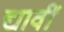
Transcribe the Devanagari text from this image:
द्यावीं